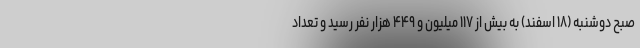
صبح دوشنبه (۱۸ اسفند) به بیش از ۱۱۷ میلیون و ۴۴۹ هزار نفر رسید و تعداد